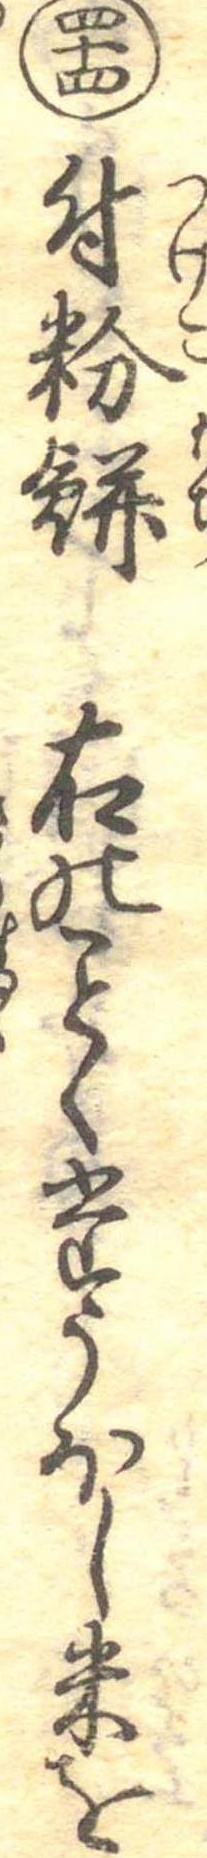
四十四付粉餅右のくたうほし米を